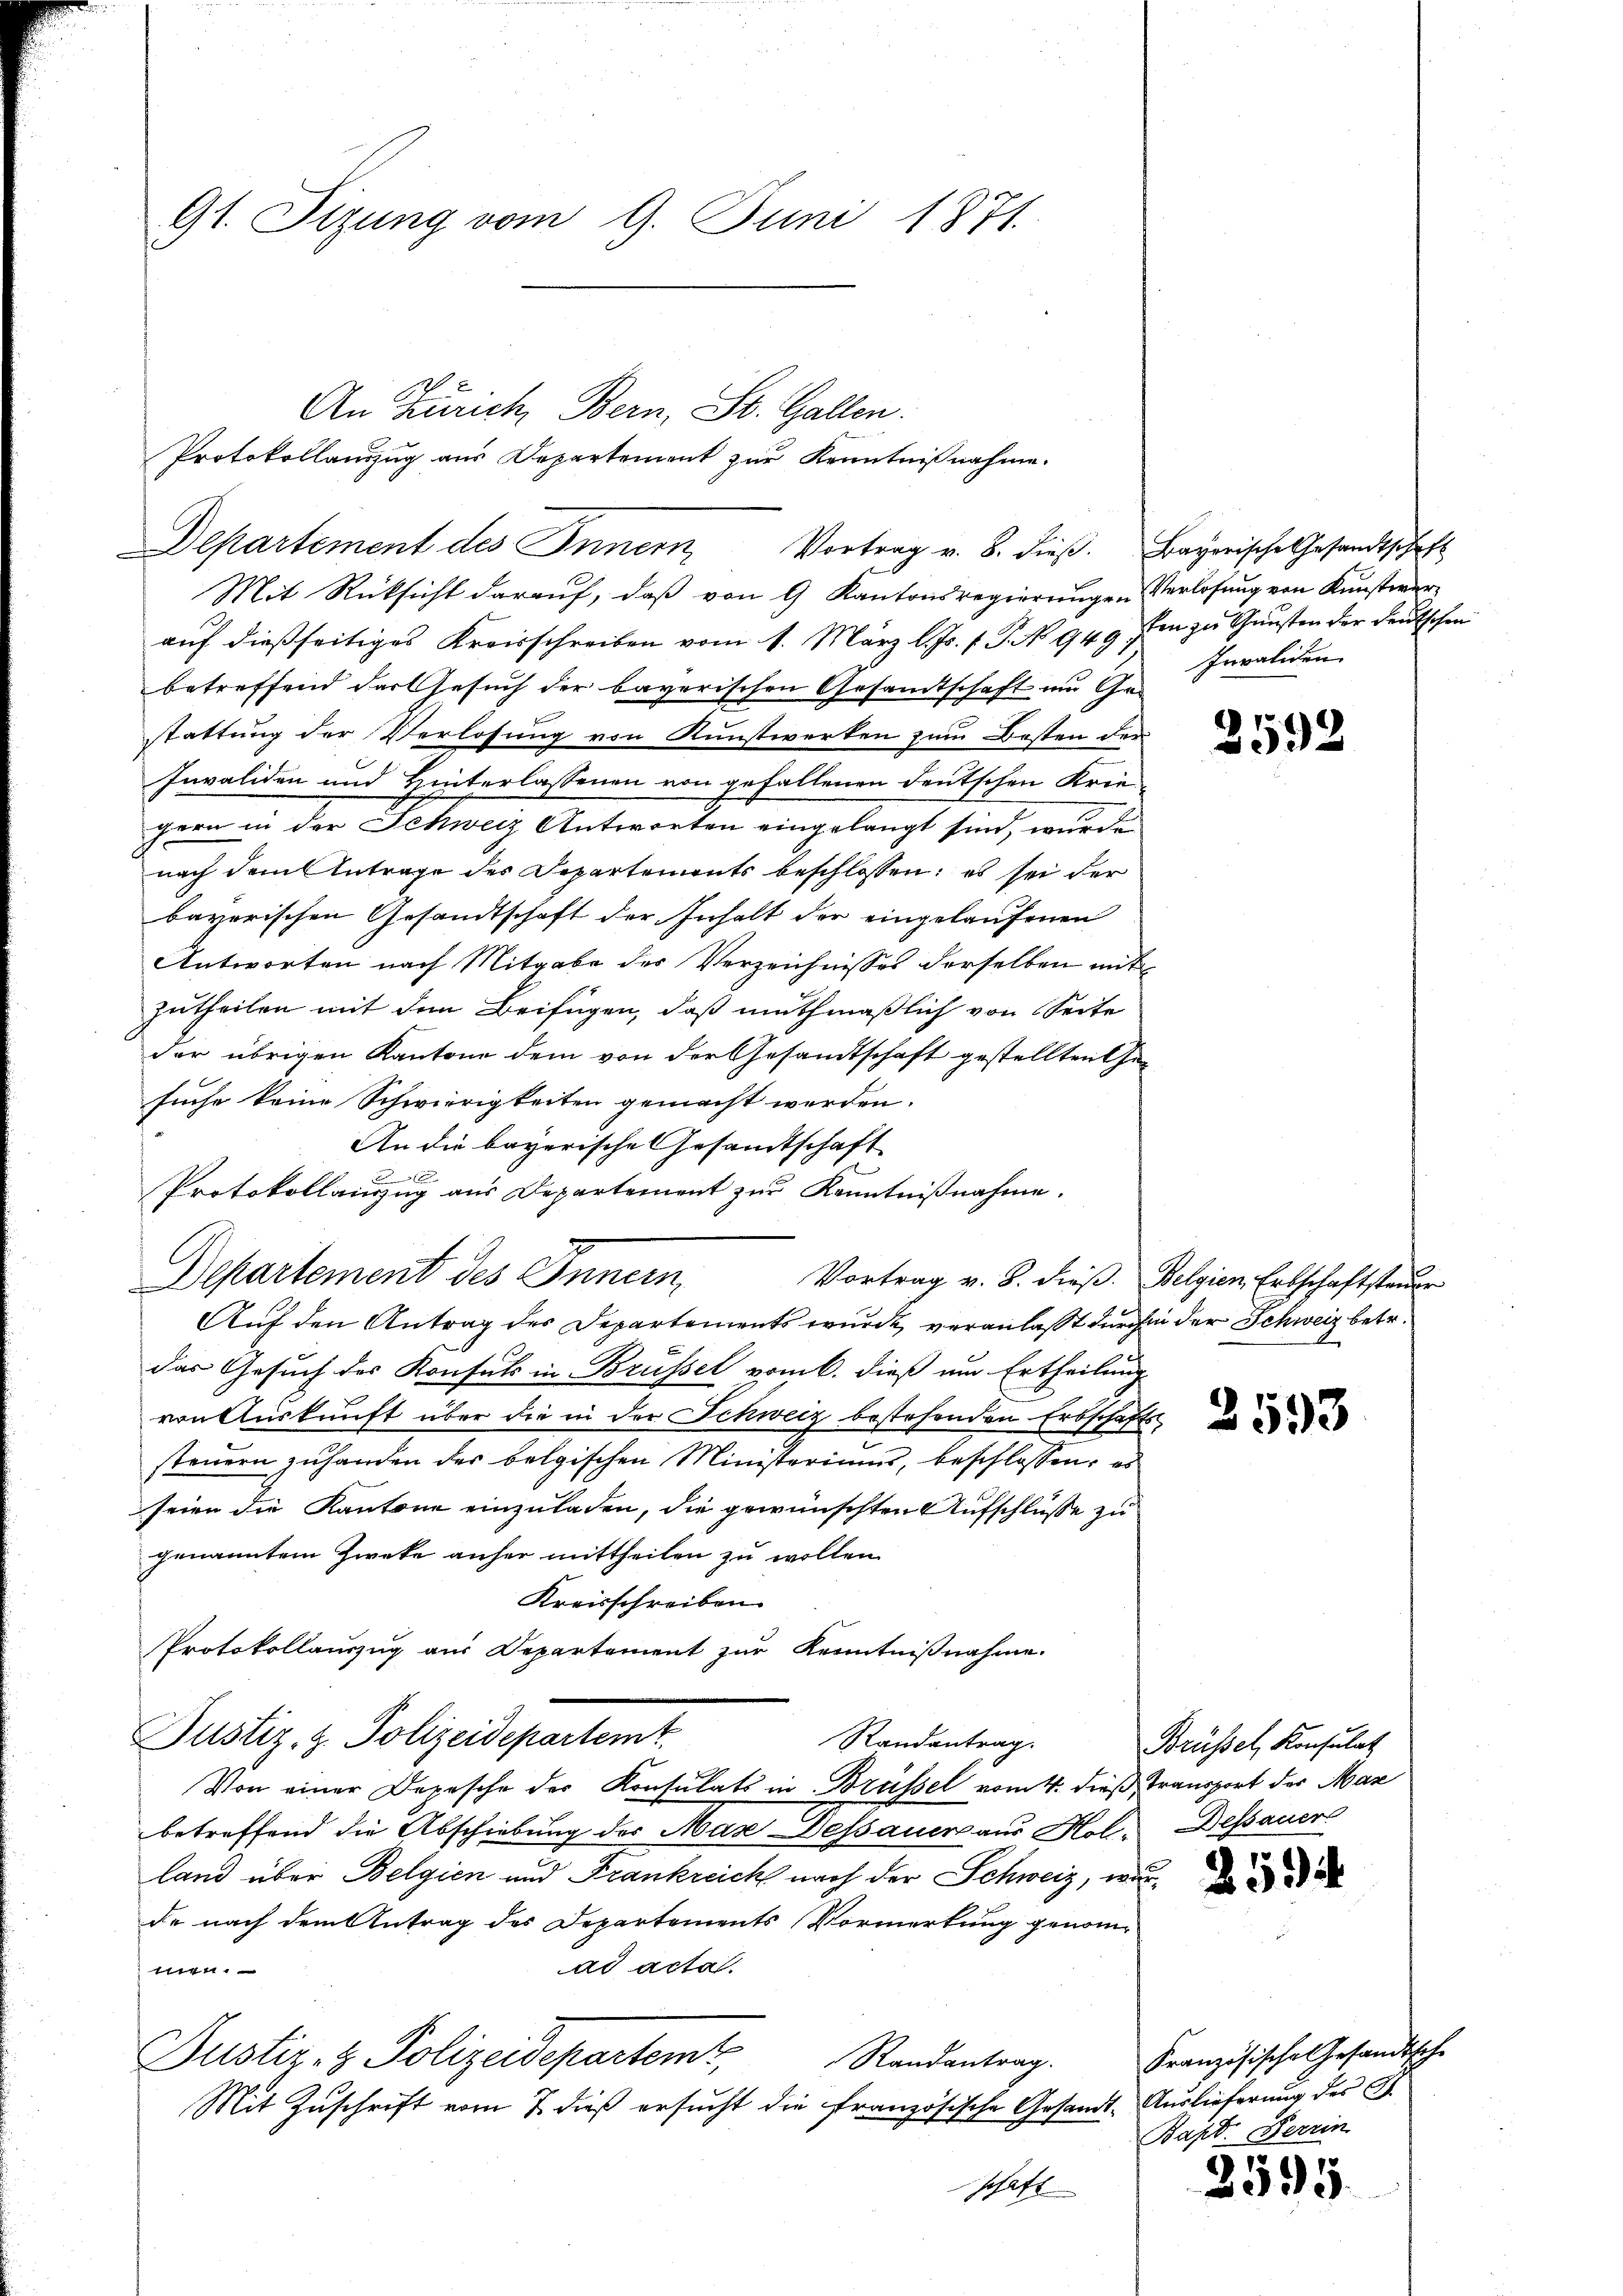
Gt. Sizung vom 9. Juni 1871.

An Zürich, Bern, St. Gallen.
Protokollandzug aus Departement zur Kenntnißnahme.
Departement des Innern, Vortrag v. 8. dieβ. Bayerische Gesandtschaft

Mit Rücksicht darauf, daß von 9 Kantonsregierungen Verlosung von Kunstwerauf dießseitiges Kreisschreiben vom 1. März l. Js. 1. P. No 949 sten zu Gunsten der deutschen
betreffend der Gesuch der bayerischen Gesamtschaft um Ge-
stattung der Verlosung von Kunstwerken zum Bosten der
Invaliden und Hinterlassenen von gefallenen Deutschen Krie
gern in der Schweiz Antworten eingelangt sind, wurde
nach dem Antrage des Departements beschlossen; es sei der
bayerischen Gesandtschaft der Inhalt der eingelaufenen
Antworten nach Mitgabe der Verzeichnisses derselben mit
Zutheilen mit dem Beifügen, daß muthmaßlich von Seite
der übrigen Kantone dem von der Gesandtschaft gestellten Gesuche keine Schwierigkeiten gemacht werden.
An die bayerische Gesandtschaft
x
Protokollauszug aus Departement zur Kenntnißnahme.
Departement des Innern,
Auf den Antrag des Departements wurde veranlaßt durch in der Schweiz betr.
das Gesuch des Konsuls in Brüssel vom 6. dieß um Ertheilung
von Auskunft über die in der Schweiz bestehenden Erbschafts
steuern zuhanden der belgischen Ministeriums, beschlossen, es
seien die Kantone einzuladen, die gewünschten Aufschlüsse zu
genanntem Zweke anher mittheilen zu wollen.
Kreisschreiben.
Protokollauszug aus Departement zur Kenntnißnahme.
Justiz- & Polizeidepartemt
Randantrag.
Von einer Depesche der Konsulats in Brüssel vom 4. dieß, Transport der Mar
betreffend die Abschiebung des Mase Dessauer aus Hol-Dessauer
land über Belgien und Frankreich nach der Schweiz, wurde nach dem Antrag des Departements Vormerkung genomad acta.
Ehehaft
Justiz- & Polizeidepartemt
Randantrag.
Mit Zuschrift vom 7. dieß ersucht die französische Gesandt- Auslieferung des G.
schaft

Vortrag v. B. dieß. Belgien Erbschaftsteuer

Invaliden

2592

2593

Brüssel, Konsulat

Französische Gesandtsche
Bapt. Ferrin

2595.